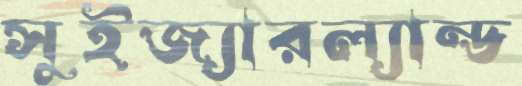
সুইজ্যারল্যান্ড